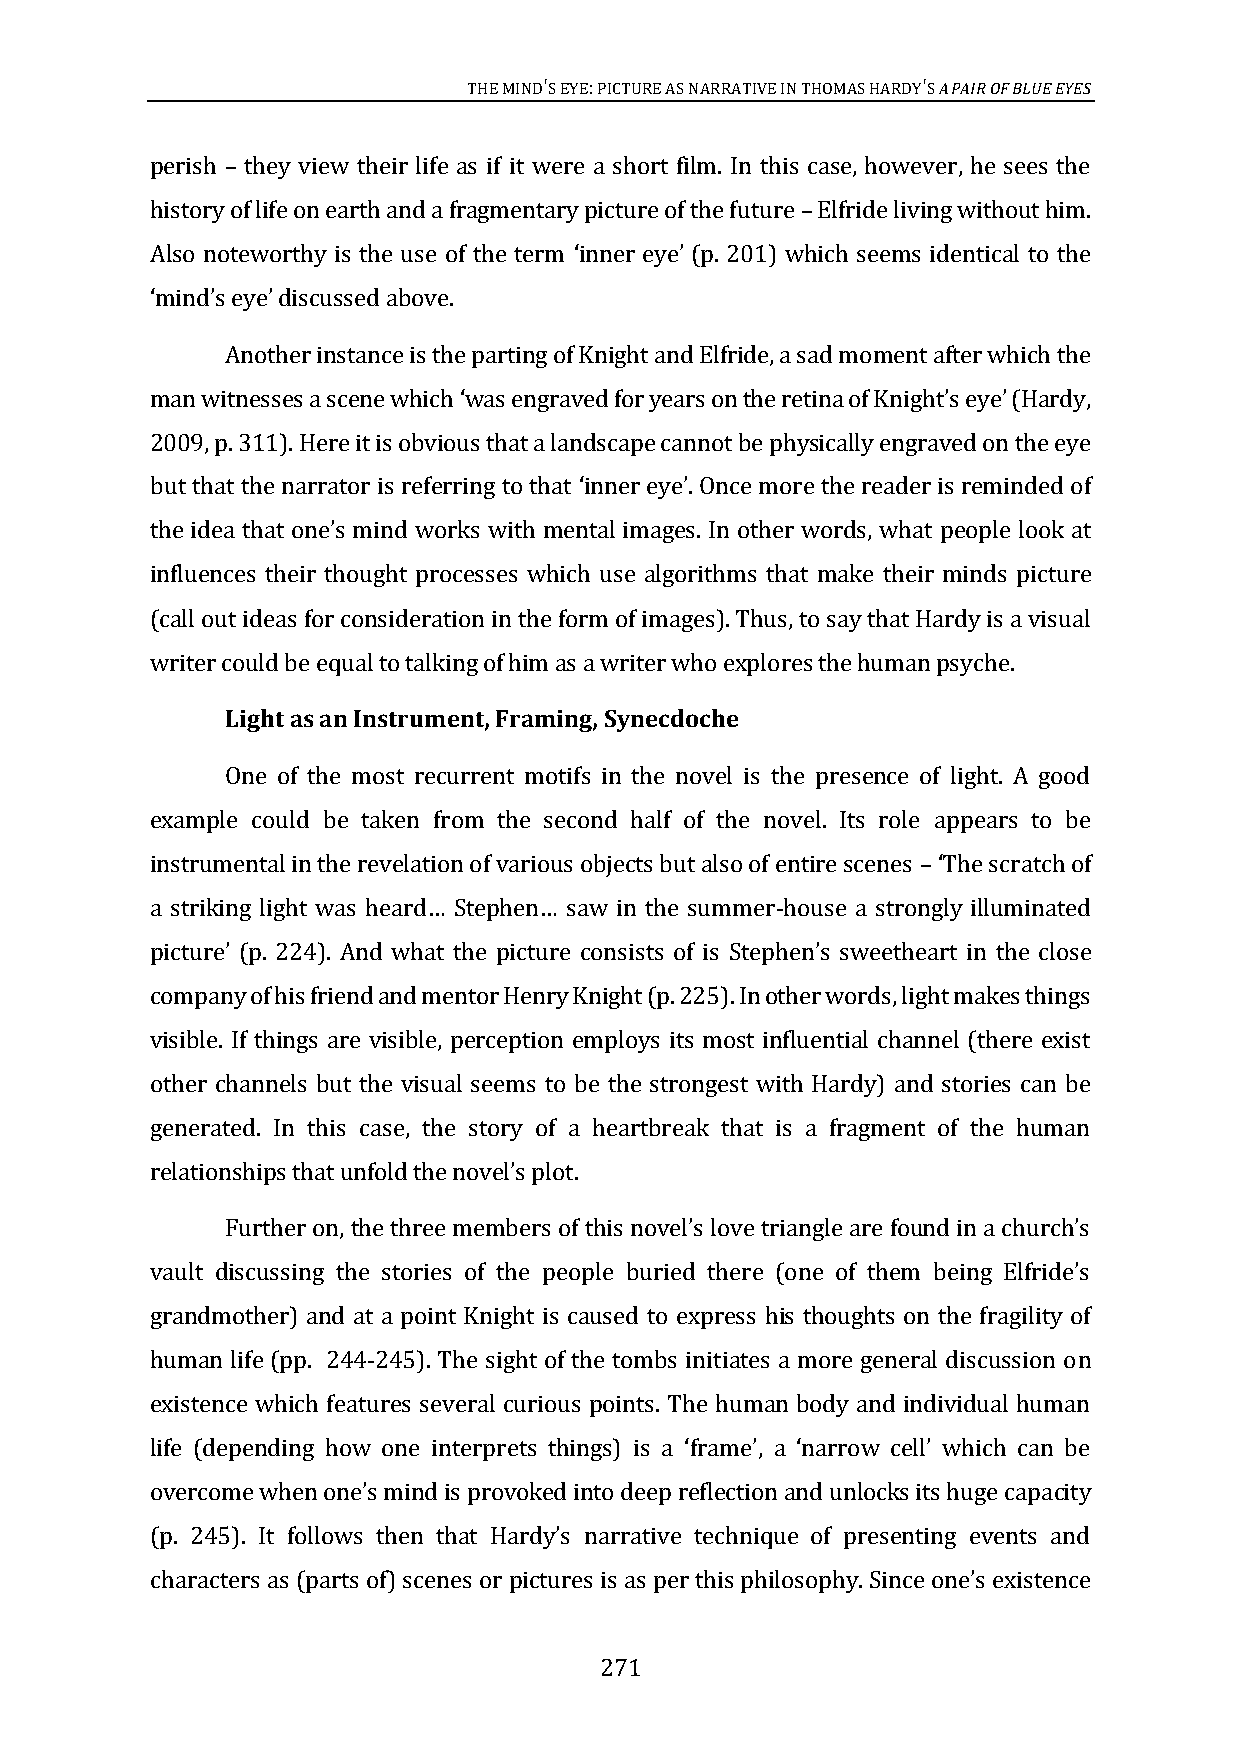
THE MIND'S EYE: PICTURE AS NARRATIVE IN THOMAS HARDY'S A PAIR OF BLUE EYES
 perish they view their life as if it were a short film. In this case, however, he sees the
 history of life on earth and a fragmentary picture of the future Elfride living without him.
 –
 Also noteworthy is the use of the term inner eye (p. 201) which seems identical to the
 –
 discussed above.
 ‘      ’
 ‘mind’sA enyoet’her instance is the parting of Knight and Elfride, a sad moment after which the
 man witnesses a scene which was engraved for years on    (Hardy,
 2009, p. 311). Here it is obvious that a landscape cannot be physically engraved on the eye
 ‘                  the retina of Knight’s eye’
 but that the narrator is referring to that inner eye. Once more the reader is reminded of
 mental images. In other words, what people look at
 ‘      ’
 influences their thought processes which use algorithms that make their minds picture
 the idea that one’s mind works with
 (call out ideas for consideration in the form of images). Thus, to say that Hardy is a visual
 writer could be equal to talking of him as a writer who explores the human psyche.
 Light as an Instrument, Framing, Synecdoche
 One of the most recurrent motifs in the novel is the presence of light. A good
 example could be taken from the second half of the novel. Its role appears to be
 instrumental in the revelation of various objects but also of entire scenes
 -house a strongly illuminated
 –‘The scratch of
 sweetheart in the close
 a striking light was heard… Stephen… saw in the summer
 company of his friend and mentor Henry Knight (p. 225). In other words, light makes things
 picture’ (p. 224). And what the picture consists of is Stephen’s
 visible. If things are visible, perception employs its most influential channel (there exist
 other channels but the visual seems to be the strongest with Hardy) and stories can be
 generated. In this case, the story of a heartbreak that is a fragment of the human
 relationFsuhritphse trh oant ,u nfold the novel’s plot.
 vault
 the three members of this novel’s love triangle are found in a church’s
 grandmother) and at a point Knight is caused to express his thoughts on the fragility of
 discussing the stories of the people buried there (one of them being Elfride’s
 human life (pp. 244-245). The sight of the tombs initiates a more general discussion on
 existence which features several curious points. The human body and individual human
 city
 life (depending how one interprets things) is a ‘frame’, a ‘narrow cell’ which can be
 overcome when one’s mind is provoked into deep reflection and unlocks its huge capa
 characters as (parts of) scenes or
 (p. 245). It follows then that Hardy’s narrative technique of presenting events and
 pictures is as per this philosophy. Since one’s existence
 271